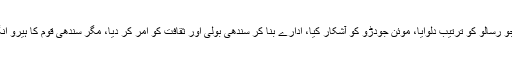
سندھی زبان کو تحفظ دیا، رسم الخط دیا، سندھی بولی کو سرکاری زبان قرار دیا، شاہ جو رسالو کو ترتیب دلوایا، موئن جودڑو کو آشکار کیا، ادارے بنا کر سندھی بولی اور ثقافت کو امر کر دیا، مگر سندھی قوم کا ہیرو انگریز نہیں بلکہ ”ہوشو شیدی“ ہے اور قومی نعرہ ہے ”مرسوں مرسوں سندھ نہ ڈیسوں“۔